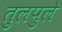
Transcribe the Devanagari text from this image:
तुलपुले